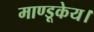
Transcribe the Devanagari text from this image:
माण्डूकेय।